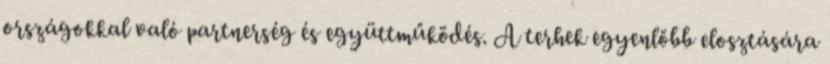
országokkal való partnerség és együttműködés. A terhek egyenlőbb elosztására